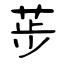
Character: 荹